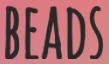
BEADS